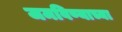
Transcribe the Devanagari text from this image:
जमविण्याच्या